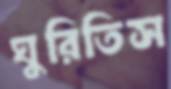
ঘুরিতিস